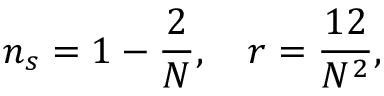
n _ { s } = 1 - { \frac { 2 } { N } } , \quad r = { \frac { 1 2 } { N ^ { 2 } } } ,